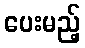
ပေးမည့်